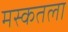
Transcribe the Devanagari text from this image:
मस्कतला